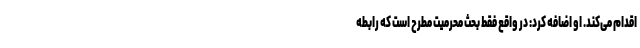
اقدام می‌کند. او اضافه کرد: در واقع فقط بحث محرمیت مطرح است که رابطه